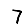
Digit: 7